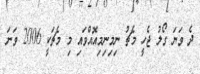
ދެ ވަނަ ގޯލު ޖެހީ މެޗު ނިމިނިމިއޮއްވައި މި މެޗަކީ 2006 ވަނަ